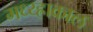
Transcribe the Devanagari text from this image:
मध्य्ह्राकाल